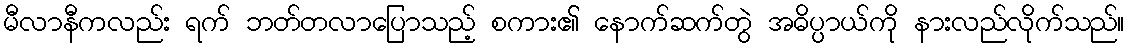
မီလာနီကလည်း ရက် ဘတ်တလာပြောသည့် စကား၏ နောက်ဆက်တွဲ အဓိပ္ပာယ်ကို နားလည်လိုက်သည်။